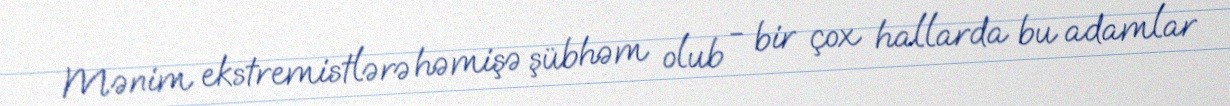
Mənim ekstremistlərə həmişə şübhəm olub - bir çox hallarda bu adamlar